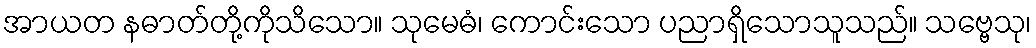
အာယတ နဓာတ်တို့ကိုသိသော။ သုမေဓံ၊ ကောင်းသော ပညာရှိသောသူသည်။ သဗ္ဗေသု၊